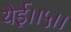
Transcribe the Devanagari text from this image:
येई।।५।।